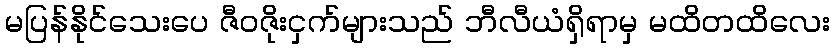
မပြန်နိုင်သေးပေ ဇီဝဇိုးငှက်များသည် ဘီလီယံရှိရာမှ မထိတထိလေး